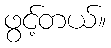
ဖွင့်တယ်။